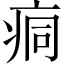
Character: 痌